Lunatic asylums Bombay report 1891-1903 - 1891-1903
Year: 1891
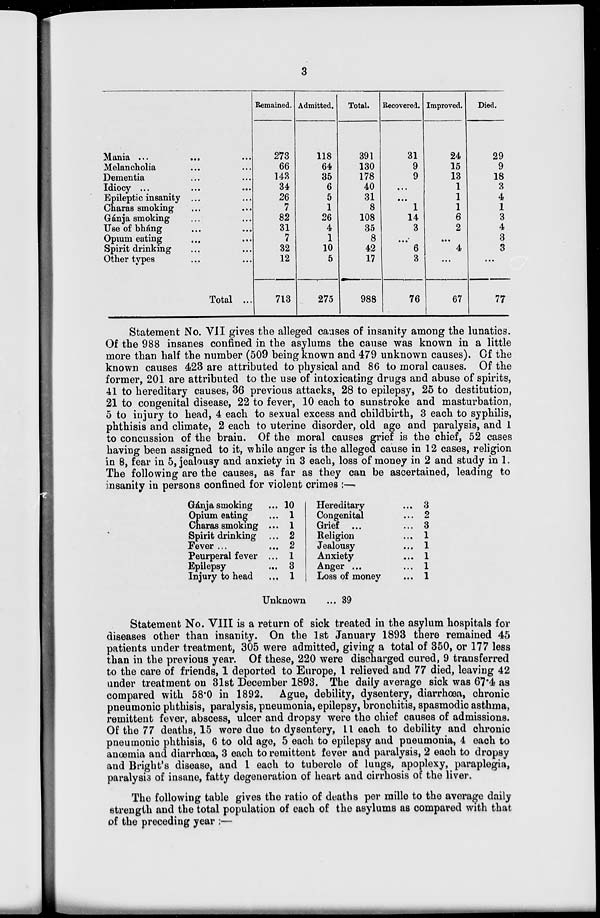
3
Mania ...
...
...
Melancholia ... ...
Dementia ... ...
Idiocy ... ... ...
Epileptic insanity ... ...
Charas smoking ... ...
Gánja smoking ... ...
Use of bháng ... ...
Opium eating ... ...
Spirit drinking ... ...
Other types ... ...
Total ...
Remained.
273
66
143
34
26
7
82
31
7
32
12
713
Admitted.
118
64
35
6
5
1
26
4
1
10
5
275
Total.
391
130
178
40
31
8
108
35
8
42
17
988
Recovered.
31
9
9
...
...
1
14
3
...
6
3
76
Improved.
24
15
13
1
1
1
6
2
...
4
...
67
Died.
29
9
18
3
4
1
3
4
3
3
...
77
Statement No. VII gives the alleged causes of insanity among the lunatics.
Of the 988 insanes confined in the asylums the cause was known in a little
more than half the number (509 being known and 479 unknown causes). Of the
known causes 423 are attributed to physical and 86 to moral causes. Of the
former, 201 are attributed to the use of intoxicating drugs and abuse of spirits,
41 to hereditary causes, 36 previous attacks, 28 to epilepsy, 25 to destitution,
21 to congenital disease, 22 to fever, 10 each to sunstroke and masturbation,
5 to injury to head, 4 each to sexual excess and childbirth, 3 each to syphilis,
phthisis and climate, 2 each to uterine disorder, old age and paralysis, and 1
to concussion of the brain. Of the moral causes grief is the chief, 52 cases
having been assigned to it, while anger is the alleged cause in 12 cases, religion
in 8, fear in 5, jealousy and anxiety in 3 each, loss of money in 2 and study in 1.
The following are the causes, as far as they can be ascertained, leading to
insanity in persons confined for violent crimes :—
Gánja smoking ...
Opium eating ...
Charas smoking ...
Spirit drinking ...
Fever ... ...
Peurperal fever ...
Epilepsy ...
Injury to head ...
10
1
1
2
2
1
3
1
Hereditary ...
Congenital ...
Grief ... ...
Religion ...
Jealousy ...
Anxiety ...
Anger ...
Loss of money
3
2
3
1
1
1
1
1
Unknown
... 39
Statement No, VIII is a return of sick treated in the asylum hospitals for
diseases other than insanity. On the 1st January 1893 there remained 45
patients under treatment, 305 were admitted, giving a total of 350, or 177 less
than in the previous year. Of these, 220 were discharged cured, 9 transferred
to the care of friends, 1 deported to Europe, 1 relieved and 77 died, leaving 42
under treatment on 31st December 1893. The daily average sick was 67.4 as
compared with 58.0 in 1892. Ague, debility, dysentery, diarrhœa, chronic
pneumonic phthisis, paralysis, pneumonia, epilepsy, bronchitis, spasmodic asthma,
remittent fever, abscess, ulcer and dropsy were the chief causes of admissions.
Of the 77 deaths, 15 were due to dysentery, 11 each to debility and chronic
pneumonic phthisis, 6 to old age, 5 each to epilepsy and pneumonia, 4 each to
anœmia and diarrhœa, 3 each to remittent fever and paralysis, 2 each to dropsy
and Bright's disease, and 1 each to tubercle of lungs, apoplexy, paraplegia,
paralysis of insane, fatty degeneration of heart and cirrhosis of the liver.
The following table gives the ratio of deaths per mille to the average daily
strength and the total population of each of the asylums as compared with that
of the precaeding year :—